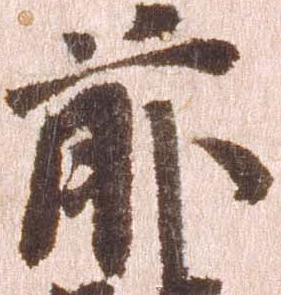
前